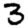
Digit: 3